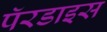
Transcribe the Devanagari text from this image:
पॅरडाइस